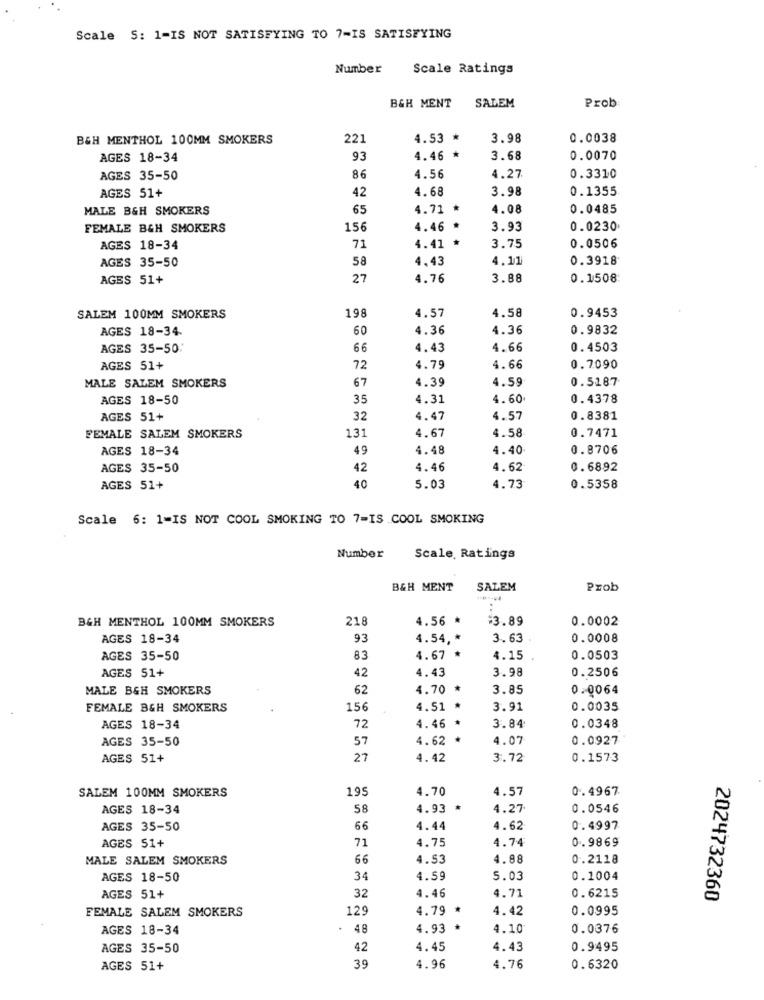
Scale 5: 1-IS NOT SATISFYING TO 7-IS SATISFYING
Number
Scale Ratings
B&H MENT
SALEM
Prob
B&H MENTHOL 100MM SMOKERS
22:
4.53 *
3.98
0.0038
AGES 18-34
93
4.46 *
3.68
0.0070
AGES 35-50
86
4.56
4.27
0.3310
AGES 51+
42
4.68
3.98
0.1355
MALE B&H SMOKERS
65
4.71
4.08
0.0485
FEMALE B&H SMOKERS
156
4.46 *
3.93
0.0230
4.41 *
AGES 18-34
71
3.75
0.0506
AGES 35-50
58
4,43
4.11
0.3918
AGES 51+
27
4.76
3.88
0.1508
198
4.58
0.9453
SALEM 100MM SMOKERS
4.57
AGES 18-34.
60
4.36
4.36
0.9832
AGES 35-50
66
4.43
4.66
0.4503
AGES 51+
72
4.79
4.66
0.7090
MALE SALEM SMOKERS
67
4.39
4.59
0.5187
AGES 18-50
35
4.31
4.60
0.4378
AGES 51+
32
4.47
4.57
0.8381
4.67
FEMALE SALEM SMOKERS
131
4.58
0.7471
AGES 18-34
49
4.48
4.40
0.8706
AGES 35-50
42
4.46
4.62
0.6892
AGES 51+
40
5.03
4.73
0.5358
Scale 6: 1-IS NOT COOL SMOKING TO 7=IS COOL SMOKING
Number
Scale, Ratings
B&H MENT
SALEM
Prob
..
B&H MENTHOL 100MM SMOKERS
218
4.56 *
$3.89
0.0002
AGES 18-34
93
4.54 ,*
3. 63
0.0008
AGES 35-50
83
4.67 *
4.15
0.0503
AGES 51+
42
4.43
3.98
0.2506
MALE B&H SMOKERS
62
4.70 *
3.85
0.0064
FEMALE BGH SMOKERS
15€
4.51 *
3.91
0.0035
4.46 *
AGES 18-34
72
3.84
0.0348
AGES 35-50
57
4.62 *
4.07
0.0927
AGES 51+
27
4.42
3.72
0.1573
SALEM 100MM SMOKERS
199
4.70
4.57
0.4967
AGES 18-34
58
4.93
4.27
0.0546
AGES 35-50
66
4.44
4.62
0.4997
71
4.75
4.74
0.9869
AGES 51+
MALE SALEM SMOKERS
66
4.53
4.88
0.2118
AGES 18-50
34
4.59
5.03
0.1004
0.6215
AGES 51+
32
4.46
4.71
2024732360
FEMALE SALEM SMOKERS
129
4.79 *
4.42
0.0995
AGES 18-34
48
4.93 *
4.10
0.0376
AGES 35-50
42
4.45
4.43
0.9495
AGES 51+
39
4.96
4.76
0.6320